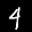
Label: 4